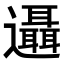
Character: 𨙓